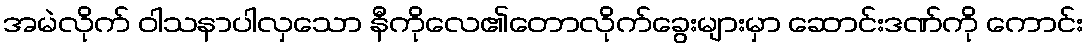
အမဲလိုက် ဝါသနာပါလှသော နီကိုလေ၏တောလိုက်ခွေးများမှာ ဆောင်းဒဏ်ကို ကောင်း